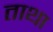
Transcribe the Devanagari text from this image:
ताथा